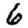
Digit: 6